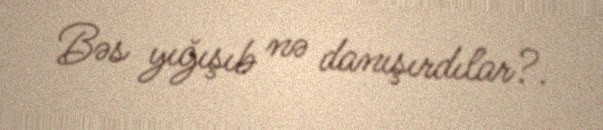
Bəs yığışıb nə danışırdılar?.